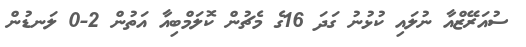
ސުއަރޭޒްއާ ނުލައި ކުޅުނު ގަދަ 16ގެ މެޗުން ކޮލަމްބިއާ އަތުން 2-0 ލަނޑުން